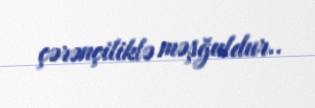
çərənçiliklə məşğuldur..